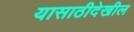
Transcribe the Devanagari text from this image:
यासाठीदेखील